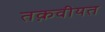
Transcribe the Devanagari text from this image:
तक़वीयत